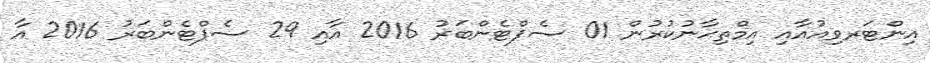
އިންޓަރވިއުއާއި އިމްތިޙާނުކުރުން 01 ސެޕްޓެންބަރު 2016 އާއި 29 ސެޕްޓެންބަރު 2016 އާ